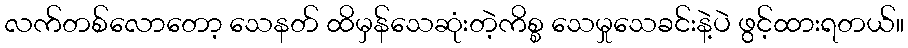
လက်တစ်လောတော့ သေနတ် ထိမှန်သေဆုံးတဲ့ကိစ္စ သေမှုသေခင်းနဲ့ပဲ ဖွင့်ထားရတယ်။